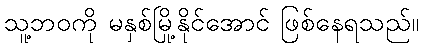
သူ့ဘဝကို မနှစ်မြို့နိုင်အောင် ဖြစ်နေရသည်။